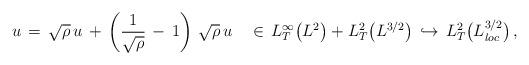
LaTeX: \begin{align*} u\,=\,\sqrt{\rho}\,u\,+\,\left(\frac{1}{\sqrt{\rho}}\,-\,1\right)\,\sqrt{\rho}\,u\quad\in\,L^\infty_T\bigl(L^2\bigr)+L^2_T\bigl(L^{3/2}\bigr)\,\hookrightarrow\,L^2_T\bigl(L^{3/2}_{loc}\bigr)\,,\end{align*}